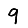
Digit: 9